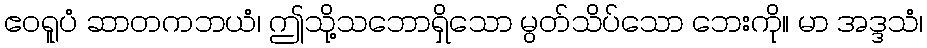
ဧဝရူပံ ဆာတကဘယံ၊ ဤသို့သဘောရှိသော မွတ်သိပ်သော ဘေးကို။ မာ အဒ္ဒသံ၊